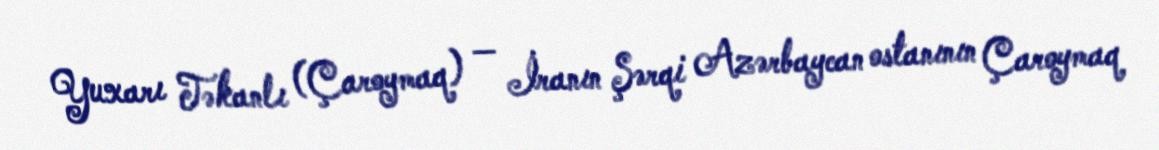
Yuxarı Təkanlı (Çaroymaq) — İranın Şərqi Azərbaycan ostanının Çaroymaq